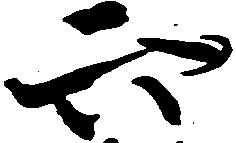
六